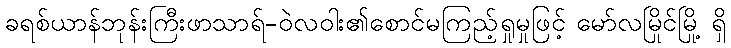
ခရစ်ယာန်ဘုန်းကြီးဖာသာရ်-ဝဲလဝါး၏စောင်မကြည့်ရှုမှုဖြင့် မော်လမြိုင်မြို့ ရှိ